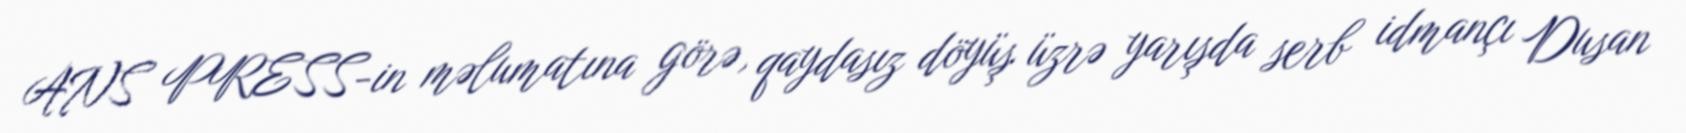
ANS PRESS-in məlumatına görə, qaydasız döyüş üzrə yarışda serb idmançı Dusan